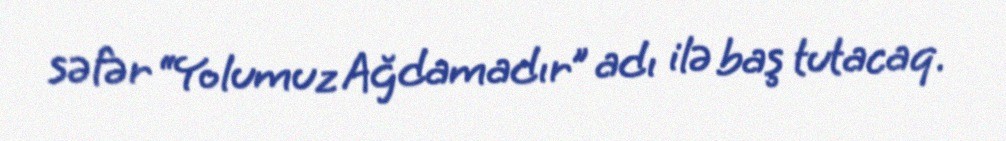
səfər “Yolumuz Ağdamadır” adı ilə baş tutacaq.